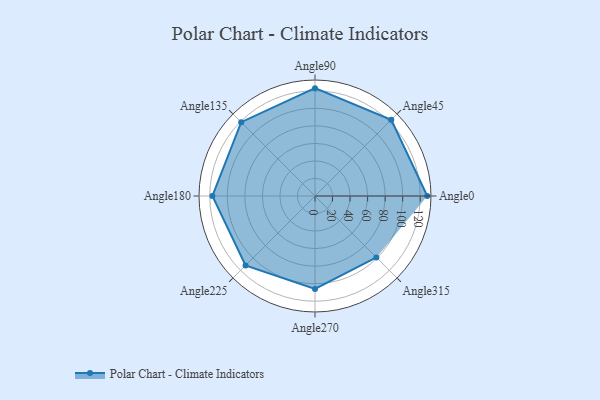
{"axis": {"x": "Angle", "y": "Radius"}, "legend": [""], "data": [{"x": "Angle0", "y": 128.0, "type": ""}, {"x": "Angle45", "y": 123.0, "type": ""}, {"x": "Angle90", "y": 123.0, "type": ""}, {"x": "Angle135", "y": 119.0, "type": ""}, {"x": "Angle180", "y": 117.0, "type": ""}, {"x": "Angle225", "y": 112.0, "type": ""}, {"x": "Angle270", "y": 106.0, "type": ""}, {"x": "Angle315", "y": 99.0, "type": ""}]}